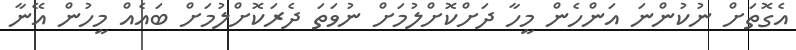
އެގޮތަށް ނުކުންނަ އަންހެން މީހާ ދަށްކޮށްލުމަށް ނުވަތަ ދެރަކޮށްލުމަށް ބައެއް މީހުން އޭނާ